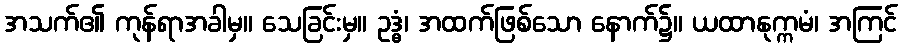
အသက်၏ ကုန်ရာအခါမှ။ သေခြင်းမှ။ ဥဒ္ဓံ၊ အထက်ဖြစ်သော နောက်၌။ ယထာနုက္ကမံ၊ အကြင်